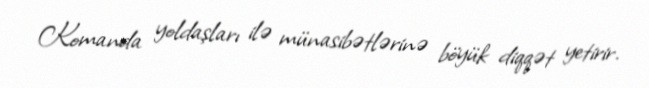
Komanda yoldaşları ilə münasibətlərinə böyük diqqət yetirir.